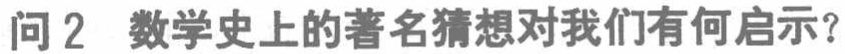
问 2 数学史上的著名猜想对我们有何启示？